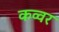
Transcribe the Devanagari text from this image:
कव्वर